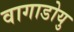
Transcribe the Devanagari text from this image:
वागाडोयु